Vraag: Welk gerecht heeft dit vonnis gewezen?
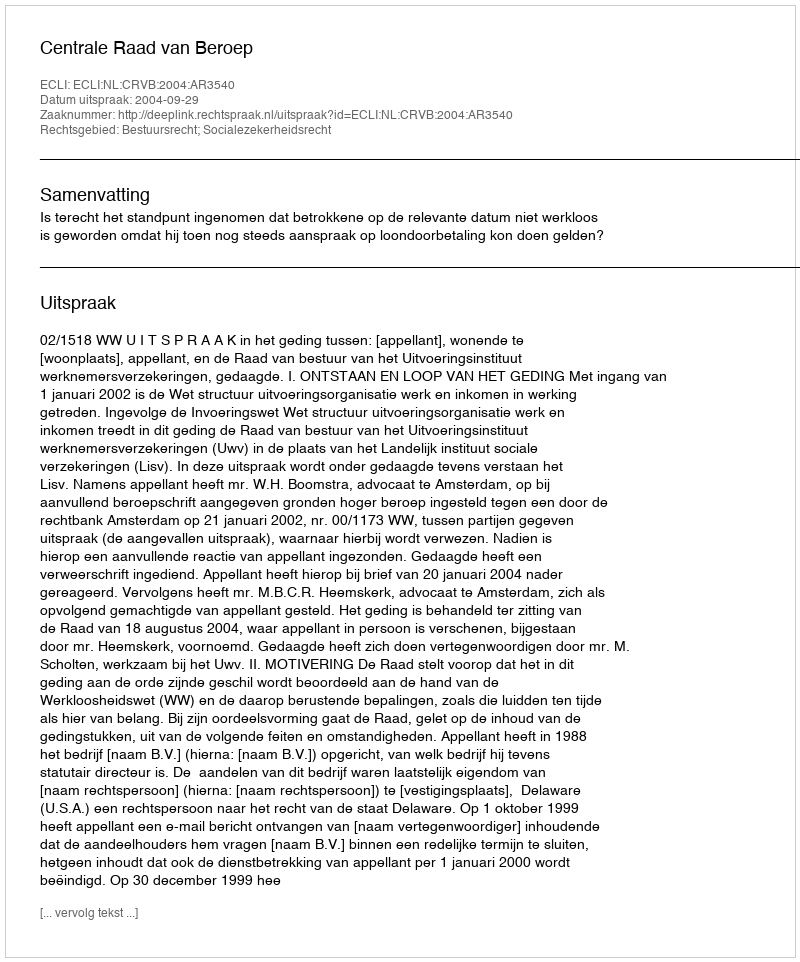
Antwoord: Centrale Raad van Beroep